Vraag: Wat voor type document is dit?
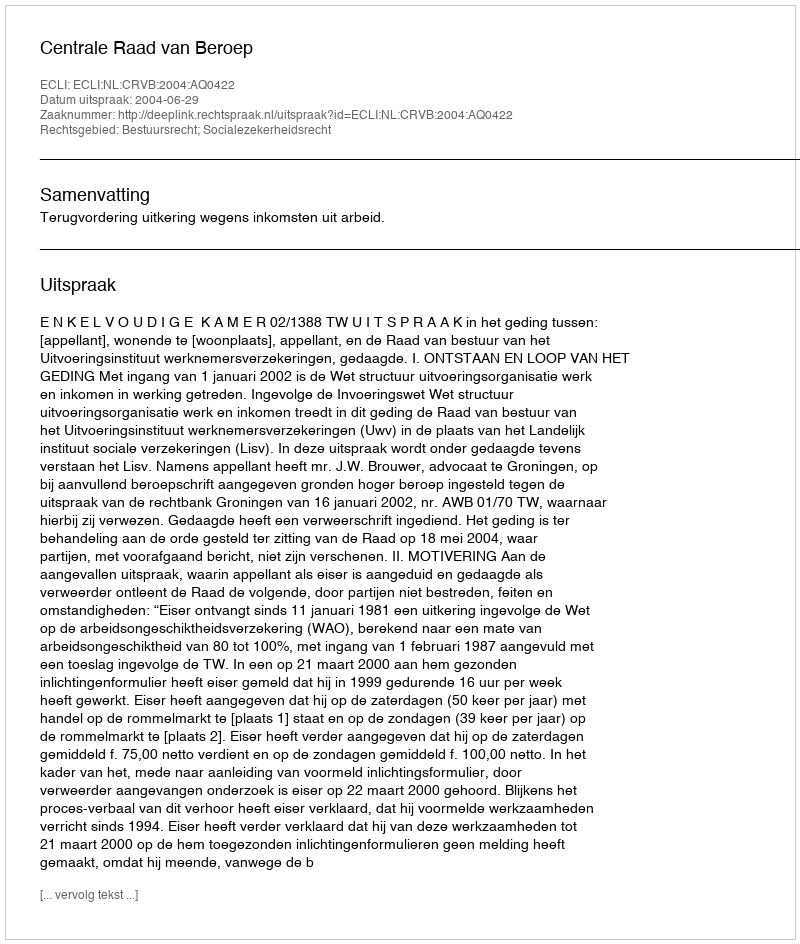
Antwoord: Uitspraak